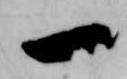
一